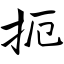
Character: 扼